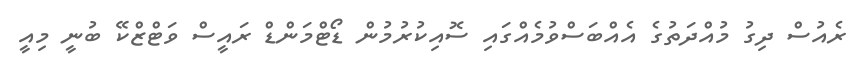
ރެއުސް ދިގު މުއްދަތުގެ އެއްބަސްވުމެއްގައި ސޮއިކުރުމުން ޑޯޓްމަންޑް ރައީސް ވަޓްޒްކޭ ބުނީ މިއީ